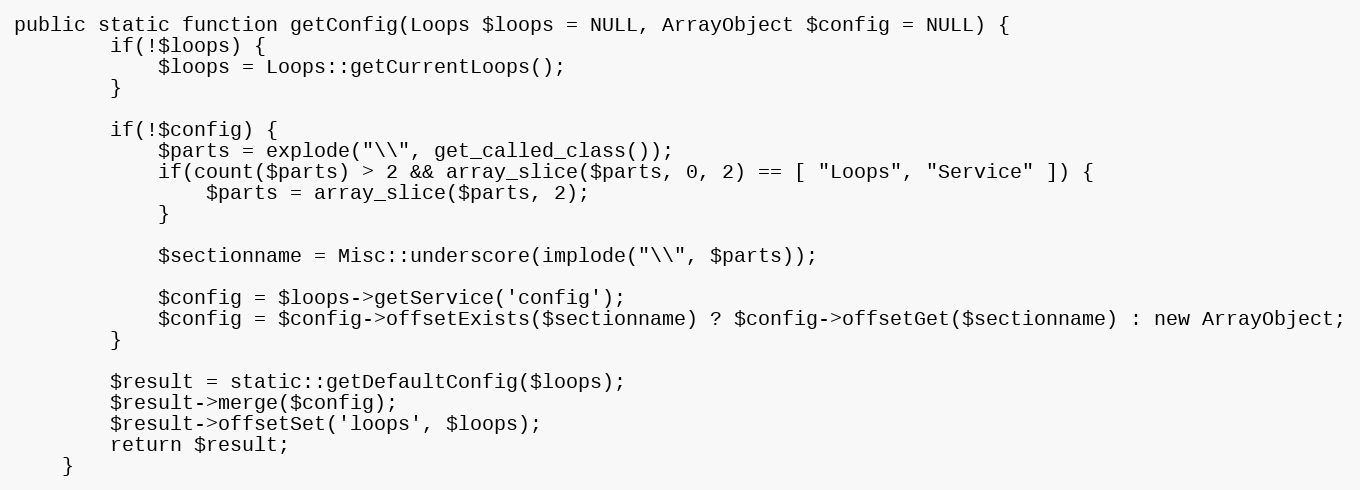
Language: PHP
public static function getConfig(Loops $loops = NULL, ArrayObject $config = NULL) {
        if(!$loops) {
            $loops = Loops::getCurrentLoops();
        }

        if(!$config) {
            $parts = explode("\\", get_called_class());
            if(count($parts) > 2 && array_slice($parts, 0, 2) == [ "Loops", "Service" ]) {
                $parts = array_slice($parts, 2);
            }

            $sectionname = Misc::underscore(implode("\\", $parts));

            $config = $loops->getService('config');
            $config = $config->offsetExists($sectionname) ? $config->offsetGet($sectionname) : new ArrayObject;
        }

        $result = static::getDefaultConfig($loops);
        $result->merge($config);
        $result->offsetSet('loops', $loops);
        return $result;
    }